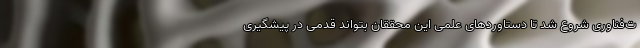
ت‌فناوری شروع شد تا دستاوردهای علمی این محققان بتواند قدمی در پیشگیری